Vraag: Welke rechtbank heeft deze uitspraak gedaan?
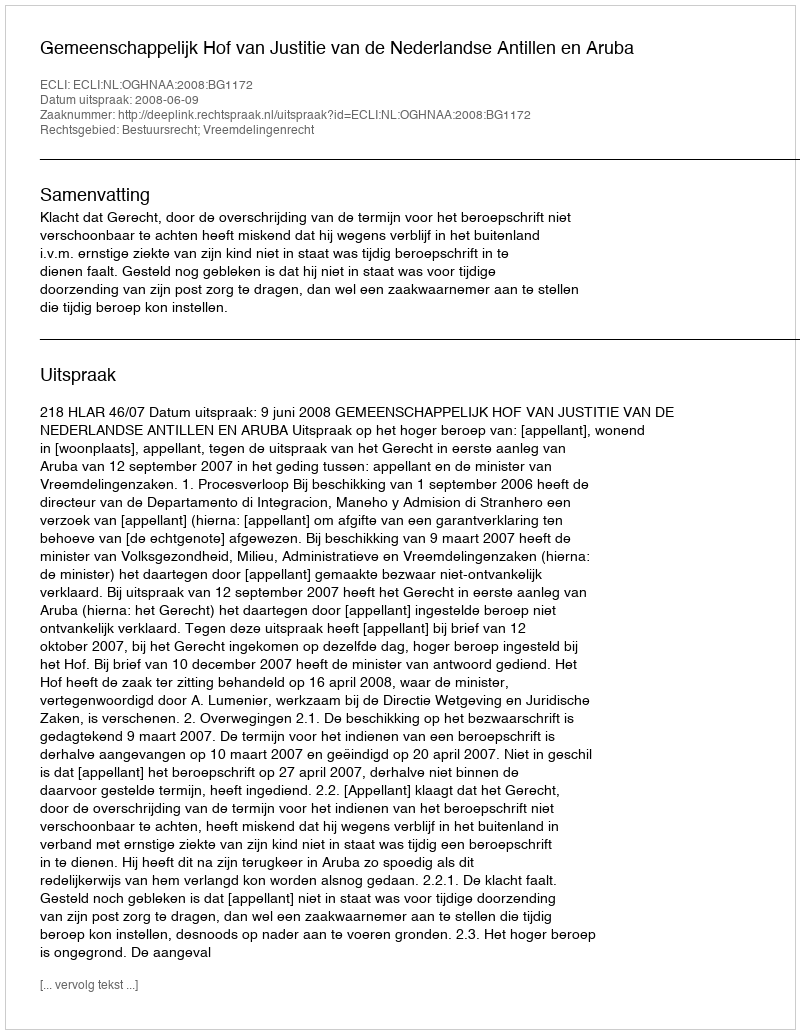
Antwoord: Gemeenschappelijk Hof van Justitie van de Nederlandse Antillen en Aruba